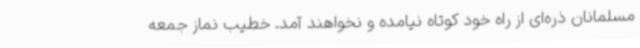
مسلمانان ذره‌ای از راه خود کوتاه نیامده و نخواهند آمد. خطیب نماز جمعه